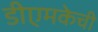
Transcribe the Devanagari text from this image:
डीएमकेची